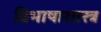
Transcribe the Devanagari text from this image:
विभाषाशास्त्र